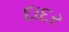
દાદર